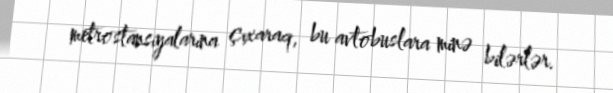
metrostansiyalarına çıxaraq, bu avtobuslara minə bilərlər.